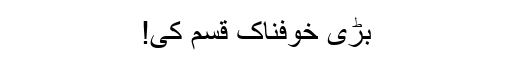
بڑی خوفناک قسم کی!